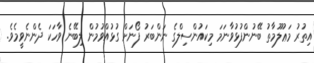
އިތުރު މަޢުލޫމާތު ބޭނުންފުޅުވާނަމަ މިކައުންސިލްގެ ނަންބަރު ފޯނަށް ގުޅުއްވުމުން ލިބޭނެ ވާހަކަ ދެންނެވީމެވެ.